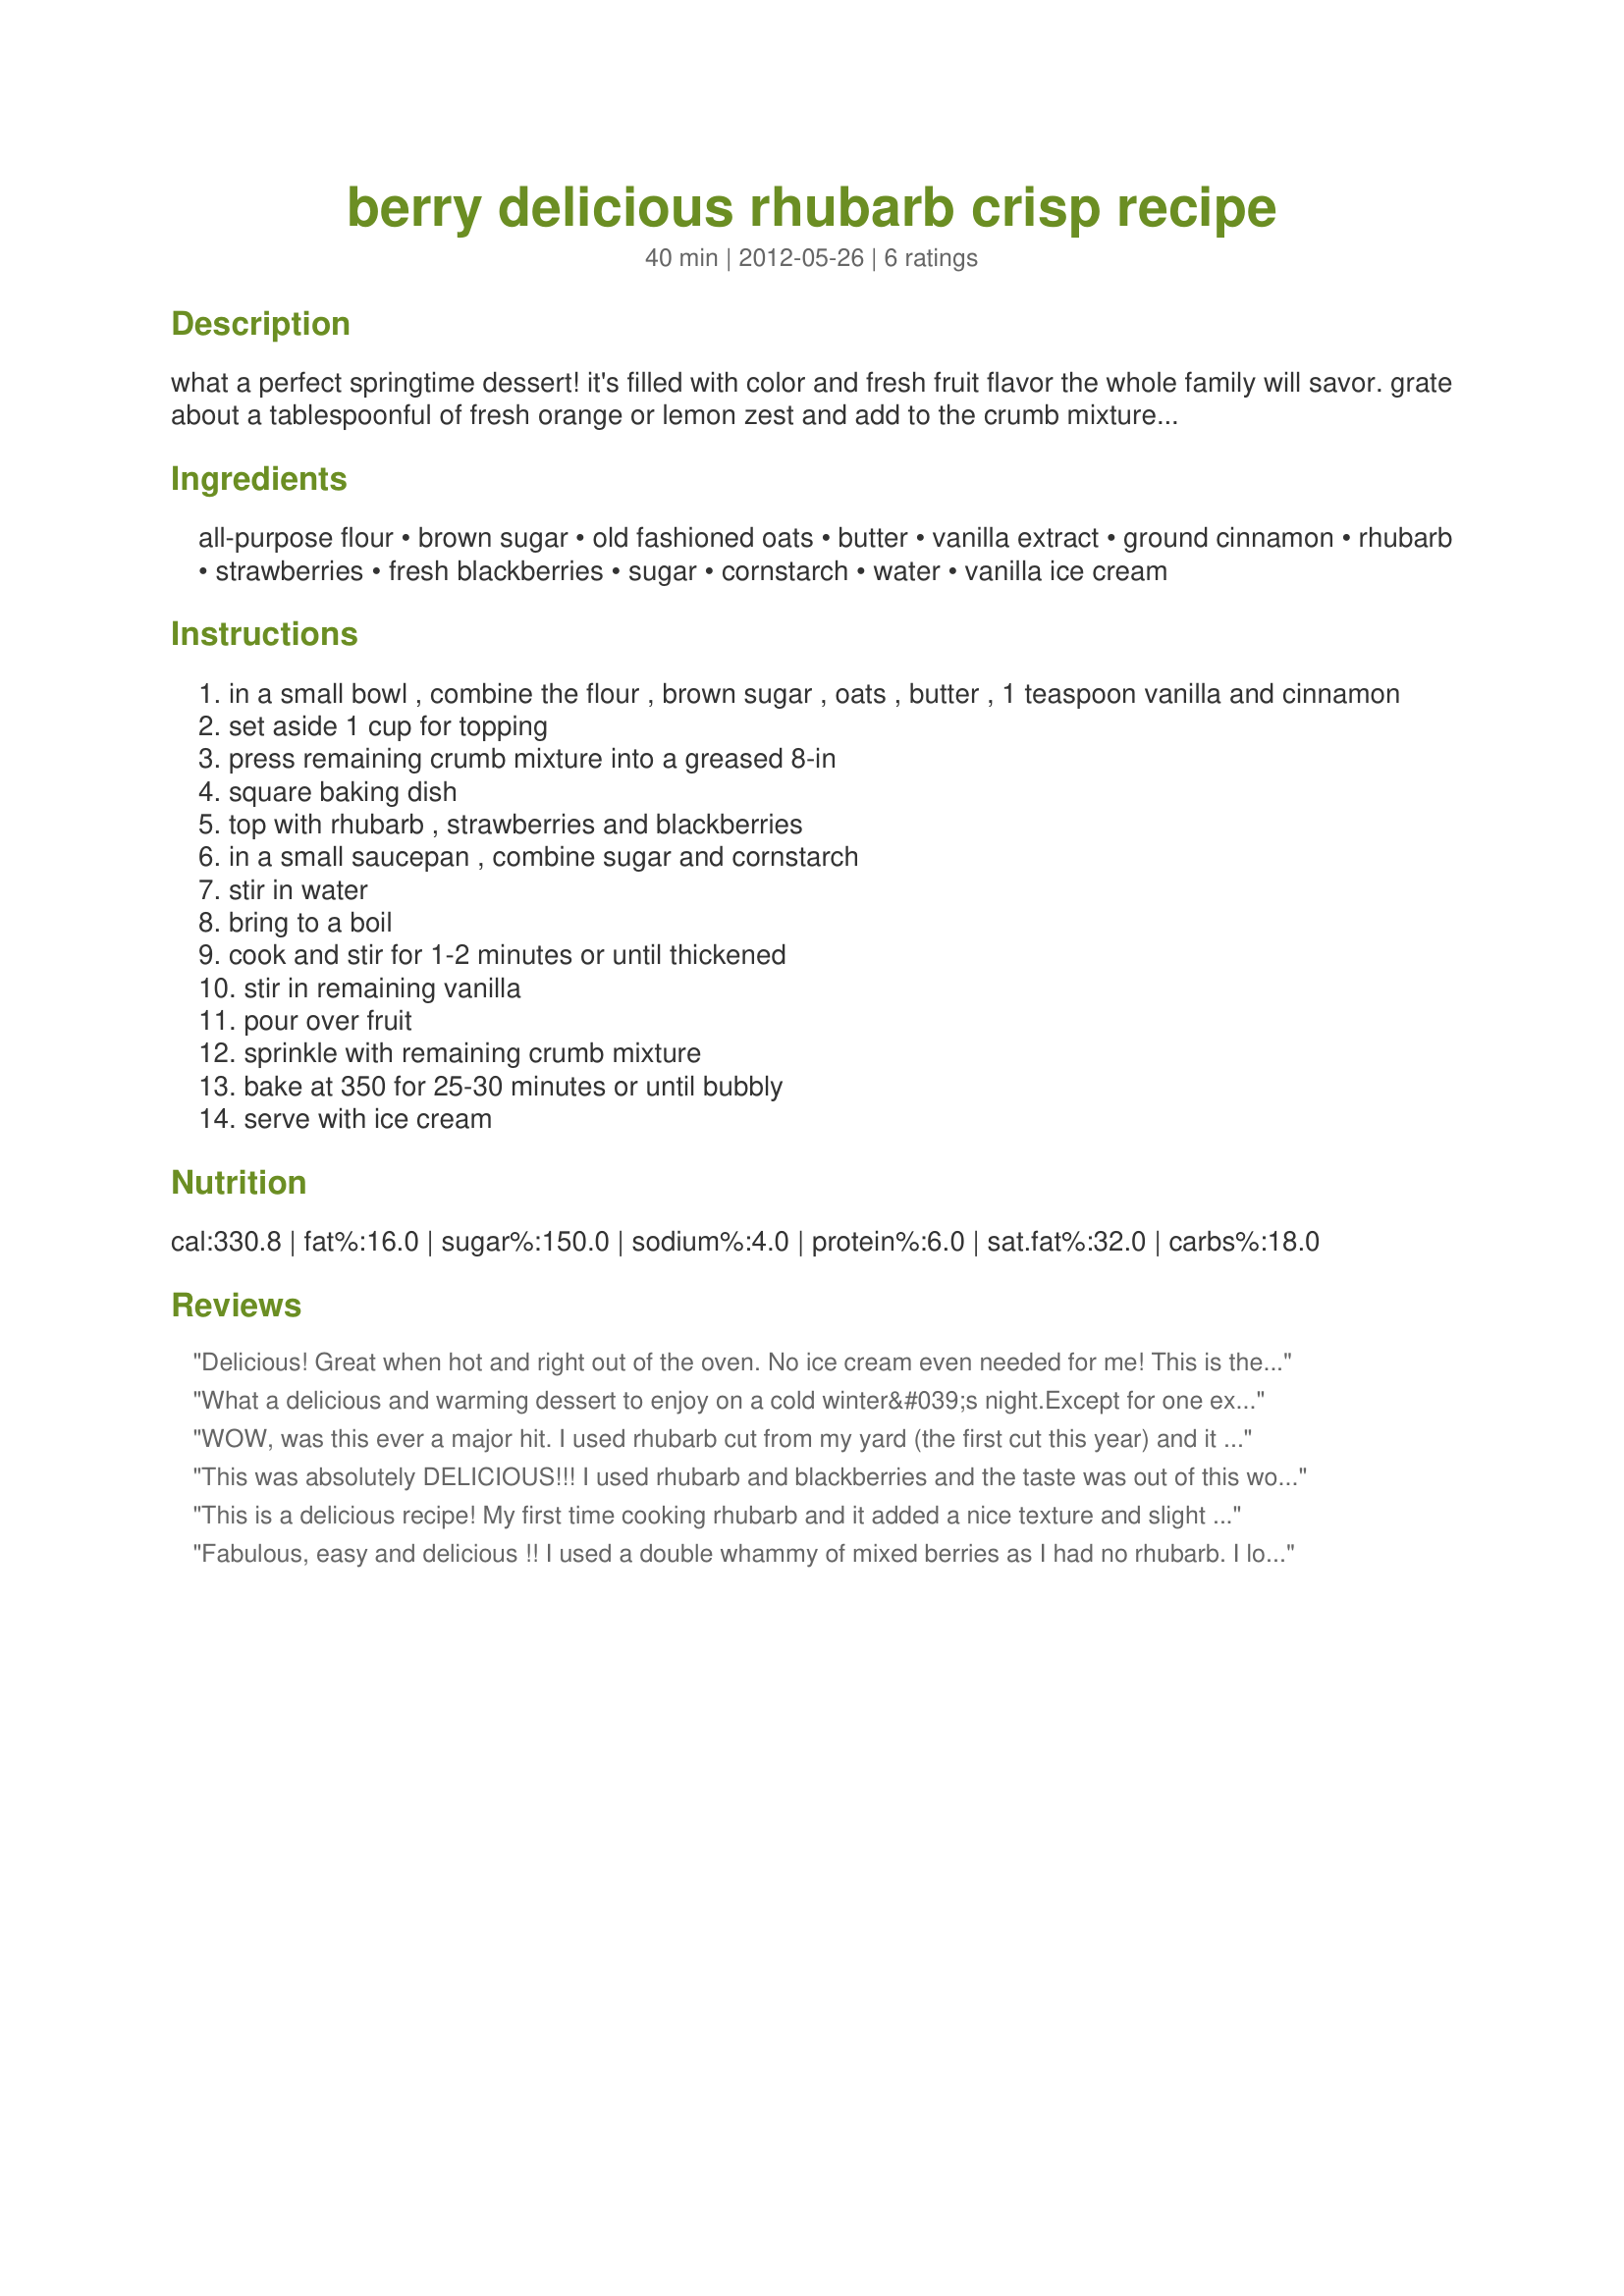
berry delicious rhubarb crisp recipe
Preparation time: 40 minutes

what a perfect springtime dessert! it's filled with color and fresh fruit flavor the whole family will savor. grate about a tablespoonful of fresh orange or lemon zest and add to the crumb mixture for extra flavor.

** if using frozen rhubarb, measure rhubarb while still frozen, then thaw completely. drain in a colander, but do not press liquid out.

Ingredients:
all-purpose flour, brown sugar, old fashioned oats, butter, vanilla extract, ground cinnamon, rhubarb, strawberries, fresh blackberries, sugar, cornstarch, water, vanilla ice cream

Steps:
in a small bowl , combine the flour , brown sugar , oats , butter , 1 teaspoon vanilla and cinnamon
set aside 1 cup for topping
press remaining crumb mixture into a greased 8-in
square baking dish
top with rhubarb , strawberries and blackberries
in a small saucepan , combine sugar and cornstarch
stir in water
bring to a boil
cook and stir for 1-2 minutes or until thickened
stir in remaining vanilla
pour over fruit
sprinkle with remaining crumb mixture
bake at 350 for 25-30 minutes or until bubbly
serve with ice cream

Reviews:
Delicious! Great when hot and right out of the oven. No ice cream even needed for me! This is the first time I have cooked with rhubarb and I really liked the results along with the berries. The topping is just YUM. Made for the Soup-A-Stars during ZWT9
What a delicious and warming dessert to enjoy on a cold winter&#039;s night.Except for one exception, I followed the recipe as written.The only difference I made was to use apples, instead of blackberry. This was a lovely crisp and the whole family enjoyed it with custard for dinner. We especially loved the crisp topping.Thanks Lavender Lynn we will be enjoying this one again.
WOW, was this ever a major hit. I used rhubarb cut from my yard (the first cut this year) and it went from growing to being washed and chopped within mins. For the berries I used frozen mixed berries and they worked fine. The rhubarb is present in taste but it vanishes from sight as the berries dye it completely. It's good fun to have folks trying to guess whats in it. I upped recipe amount to 12 as I wanted to fill a 9x9 dish and DH and myself wiped out 3/4 of it last night. I have no doubt that the rest of it will be dispatched before tomorrow. I really love the vanilla thickening! if you have the will power to wait a few hrs for it to fully cool and set you could likely cut this into squares. Tangy, sweet and completely marvelous, it's a keeper. :D
This was absolutely DELICIOUS!!! I used rhubarb and blackberries and the taste was out of this world! Thank you so much!!
This is a delicious recipe! My first time cooking rhubarb and it added a nice texture and slight tang. We had it warm with ice cream for a perfect summer dessert! Posted for ZWT #9.
Fabulous, easy and delicious !! I used a double whammy of mixed berries as I had no rhubarb. I loved the easy way of making the topping with melted butter - saves on dishes too !! Gorgeous for breakfast with yogurt or as dessert with cream - I tried both ways !!! Made for ZWT9.
